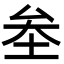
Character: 𡊄